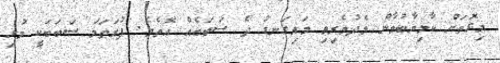
މިގޮތަށް ކާމިޔާބުވާން މެދުވެރިވި މައިގަނޑު ދެ ސަބަބެއް އޮތެވެ. ފުރަތަމަ ސަބަބަކީ މުޅި